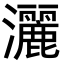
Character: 灑